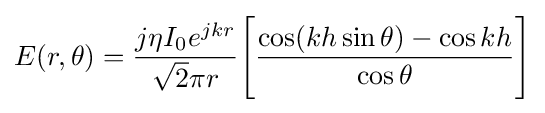
E(r,\theta )={j\eta I_{\text{0}}e^{jkr} \over {\sqrt {2}}\pi r}{\Bigg [}{\cos(kh\sin \theta )-\cos kh \over \cos \theta }{\Bigg ]}